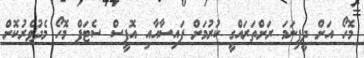
މޮހޯ އަށް ދީފިނަމަ ރަށްތަރައްގީ ކުރުމަށް ފައިސާއާއި އޮފީސް ސެޓަޕް މޮހޯ މެދުވެރުކޮށް